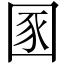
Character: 圂